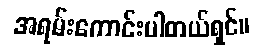
အရမ်းကောင်းပါတယ်ရှင်။